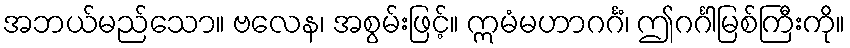
အဘယ်မည်သော။ ဗလေန၊ အစွမ်းဖြင့်။ ဣမံမဟာဂင်္ဂံ၊ ဤဂင်္ဂါမြစ်ကြီးကို။